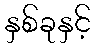
နှစ်ခုနှင့်